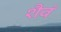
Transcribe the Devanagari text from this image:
शैवं